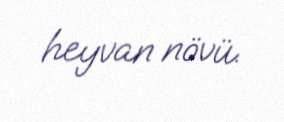
heyvan növü.